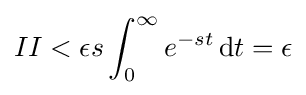
II<\epsilon s\int _{0}^{\infty }e^{-st}\,\mathrm {d} t=\epsilon